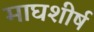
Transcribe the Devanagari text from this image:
माघशीर्ष